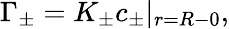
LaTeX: \Gamma_{\pm}=K_{\pm}c_{\pm}|_{r=R-0},